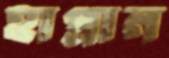
হাপ্‌রান